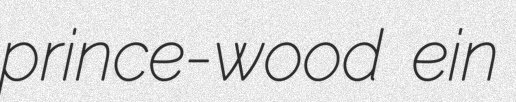
prince-wood ein